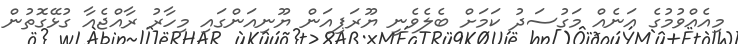
މިއެއްވުމުގެ އަނެއް މަގުސަދު ކަމަށް ބެލެވެނީ ޔޫރަޕިއަން ޔޫނިއަންގައި މިހާރު ރާއްޖެއާ ގުޅޭގޮތުން